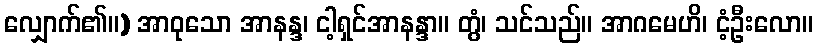
လျှောက်၏။) အာဝုသော အာနန္ဒ၊ ငါ့ရှင်အာနန္ဒာ။ တွံ၊ သင်သည်။ အာဂမေဟိ၊ ငံ့ဦးလော။